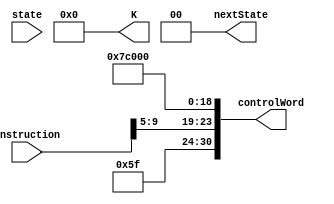
module BR(instruction, state, controlWord, nextState, K);
	input [31:0] instruction;
	input [1:0] state;
	
	output [30:0] controlWord;
	output [1:0] nextState;
	output [63:0] K;
	
	// SA = Rn, SB = Rm

	wire [1:0] Psel;
	wire [4:0] DA, SA, SB, Fsel;
	wire regW, ramW, Bsel, EN_MEM, EN_ALU, EN_B, EN_PC, PCsel, SL;
	
	assign Psel = 2'b10; //PC <- in
	assign DA = 5'b11111; //THIS IS A DON'T CARE
	assign SA = instruction[9:5];
	assign SB = 5'b11111; //THIS IS A DON'T CARE
	assign Fsel = 5'b00000; //THIS IS A DON'T CARE | AND, do not invert A, do not invert B 
	assign regW = 1'b0; //Do not write to register
	assign ramW = 1'b0; // Do not write to RAM
	assign EN_MEM = 1'b0;
	assign EN_ALU = 1'b0;
	assign EN_B = 1'b0;
	assign EN_PC = 1'b0;
	assign Bsel = 1'b0; // Pass B to ALU
	assign PCsel = 1'b0; //Pass A to PC
	assign SL = 1'b0;
	
	assign K = 64'd0; //THIS IS A DON'T CARE
		
	assign controlWord = {Psel, DA, SA, SB, Fsel, regW, ramW, EN_MEM, EN_ALU, EN_B, EN_PC, Bsel, PCsel, SL};
	
	assign nextState = 2'b00;
	
endmodule